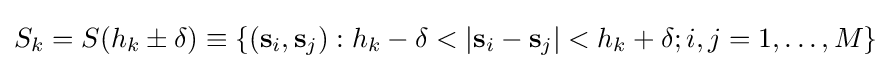
S_{k}=S(h_{k}\pm \delta )\equiv \{(\mathbf {s} _{i},\mathbf {s} _{j}):h_{k}-\delta <|\mathbf {s} _{i}-\mathbf {s} _{j}|<h_{k}+\delta ;i,j=1,\ldots ,M\}